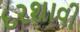
દરશાવી